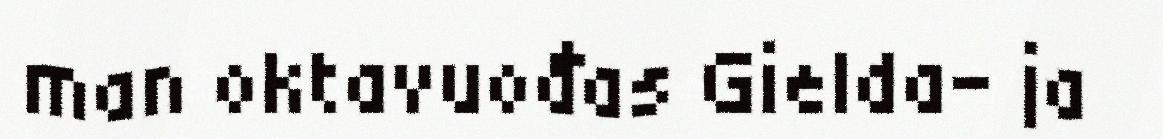
man oktavuođas Gielda- ja